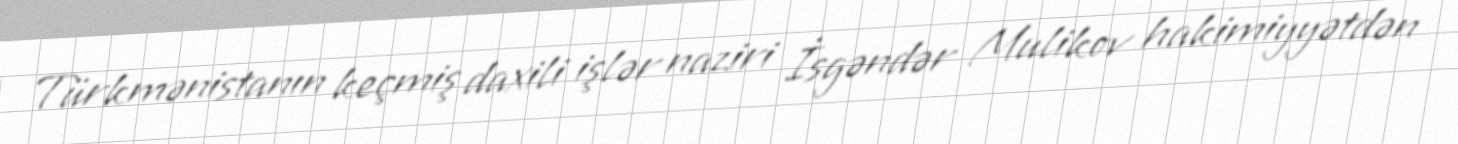
Türkmənistanın keçmiş daxili işlər naziri İsgəndər Mulikov hakimiyyətdən